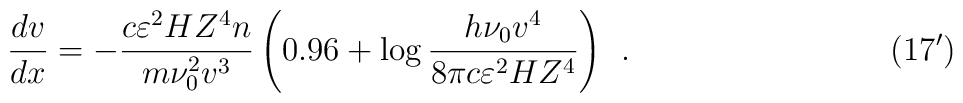
\qquad\qquad\qquad\qquad\qquad\frac{dv}{dx} = - \frac{c\varepsilon ^2HZ^4n}{m\nu _0 ^2 v^3}\left( {0.96 + \log \frac{h\nu _0 v^4}{8\pi c\varepsilon ^2HZ^4}} \right) ~~.\qquad\qquad\qquad\qquad (17^\prime)